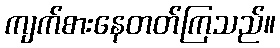
ကျက်စားနေတတ်ကြသည်။